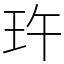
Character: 玝